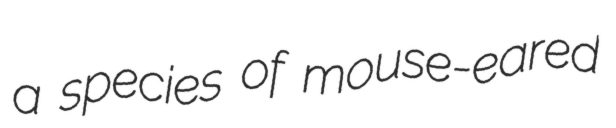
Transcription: a species of mouse-eared